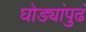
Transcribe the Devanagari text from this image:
घोड्यांपुढं